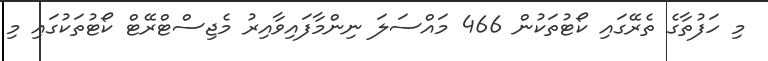
މި ހަފުތާގެ ތެރޭގައި ކޯޓުތަކުން 466 މައްސަލަ ނިންމާފައިވާއިރު މެޖިސްޓްރޭޓް ކޯޓުތަކުގައި މި